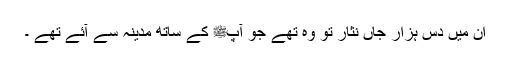
ان میں دس ہزار جاں نثار تو وہ تھے جو آپﷺ کے ساتھ مدینہ سے آئے تھے ۔